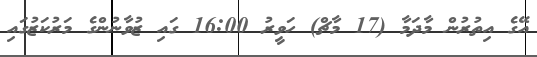
އޭގެ އިތުރުން މާދަމާ (17 މާޗް) ހަވީރު 16:00 ގައި ޒުވާނުންގެ މަރުކަޒުގައި